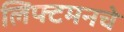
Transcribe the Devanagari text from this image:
लिफ्टमनचे